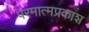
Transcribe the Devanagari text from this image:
परमात्मप्रकाश